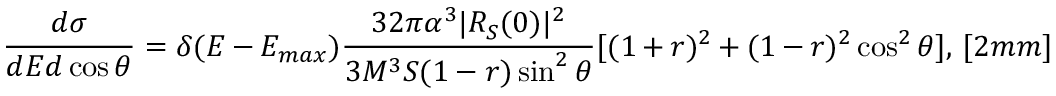
\displaystyle \frac { d \sigma } { d E d \cos \theta } = \delta ( E - E _ { m a x } ) \frac { 3 2 \pi \alpha ^ { 3 } | R _ { S } ( 0 ) | ^ { 2 } } { 3 M ^ { 3 } S ( 1 - r ) \sin ^ { 2 } \theta } [ ( 1 + r ) ^ { 2 } + ( 1 - r ) ^ { 2 } \cos ^ { 2 } \theta ] , \, [ 2 m m ]